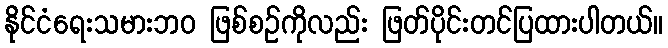
နိုင်ငံရေးသမားဘဝ ဖြစ်စဉ်ကိုလည်း ဖြတ်ပိုင်းတင်ပြထားပါတယ်။